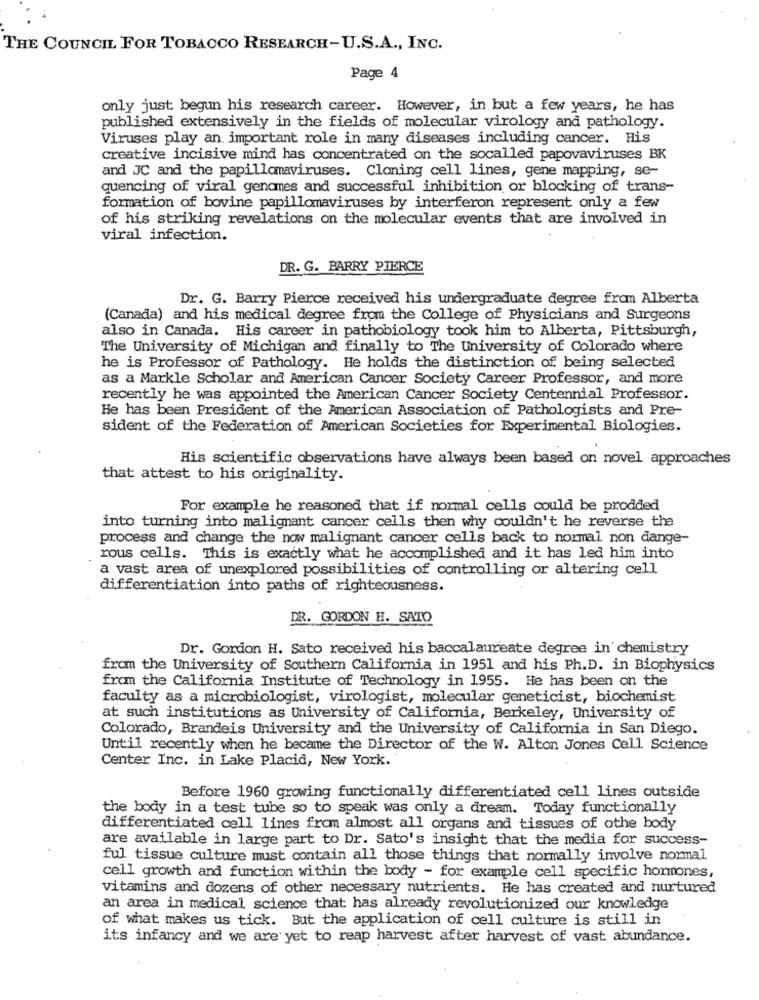
THE COUNCIL FOR TOBACCO RESEARCH-U.S.A ., INC.
Page 4
only just begun his research career. However, in but a few years, he has
published extensively in the fields of molecular virology and pathology.
Viruses play an important role in many diseases including cancer. His
creative incisive mind has concentrated on the socalled papovaviruses BK
and JC and the papillomaviruses. Cloning cell lines, gene mapping, se-
quencing of viral genomes and successful inhibition or blocking of trans-
formation of bovine papillomaviruses by interferon represent only a few
of his striking revelations on the molecular events that are involved in
viral infection.
DR. G. BARRY PIERCE
Dr. G. Barry Pierce received his undergraduate degree from Alberta
(Canada) and his medical degree from the College of Physicians and Surgeons
also in Canada. His career in pathobiology took him to Alberta, Pittsburgh,
The University of Michigan and finally to The University of Colorado where
he is Professor of Pathology. He holds the distinction of being selected
as a Markle Scholar and American Cancer Society Career Professor, and more
recently he was appointed the American Cancer Society Centennial Professor.
He has been President of the American Association of Pathologists and Pre-
sident of the Federation of American Societies for Experimental Biologies.
His scientific observations have always been based on novel approaches
that attest to his originality.
For example he reasoned that if normal cells could be prodded
into turning into malignant cancer cells then why couldn't he reverse the
process and change the now malignant cancer cells back to normal non dange-
rous cells. This is exactly what he accomplished and it has led him into
a vast area of unexplored possibilities of controlling or altering cell
differentiation into paths of righteousness.
DR. GORDON H. SATO
Dr. Gordon H. Sato received his baccalaureate degree in chemistry
from the University of Southern California in 1951 and his Ph.D. in Biophysics
from the California Institute of Technology in 1955. He has been on the
faculty as a microbiologist, virologist, molecular geneticist, biochemist
at such institutions as University of California, Berkeley, University of
Colorado, Brandeis University and the University of California in San Diego.
Until recently when he became the Director of the W. Alton Jones Cell Science
Center Inc. in Lake Placid, New York.
Before 1960 growing functionally differentiated cell lines outside
the body in a test tube so to speak was only a dream. Today functionally
differentiated cell lines from almost all organs and tissues of othe body
are available in large part to Dr. Sato's insight that the media for success-
ful tissue culture must contain all those things that normally involve normal
cell growth and function within the body - for example cell specific hormones,
vitamins and dozens of other necessary nutrients. He has created and nurtured
an area in medical science that has already revolutionized our knowledge
of what makes us tick. But the application of cell culture is still in
its infancy and we are yet to reap harvest after harvest of vast abundance.